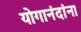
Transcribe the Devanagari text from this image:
योगानंदांना